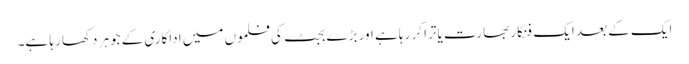
ایک کے بعد ایک فنکار بھارت یاترا کر رہا ہے اور بڑے بجٹ کی فلموں میں اداکاری کے جوہر دکھا رہا ہے۔